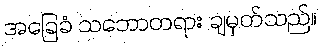
အခြေခံ သဘောတရား ချမှတ်သည်။